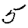
Digit: 5